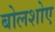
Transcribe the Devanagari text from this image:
बोलशोए